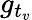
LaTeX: g_{t_{v}}